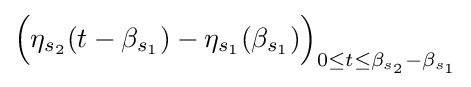
{\Big (}\eta _{s_{2}}(t-\beta _{s_{1}})-\eta _{s_{1}}(\beta _{s_{1}}){\Big )}_{0\leq t\leq \beta _{s_{2}}-\beta _{s_{1}}}